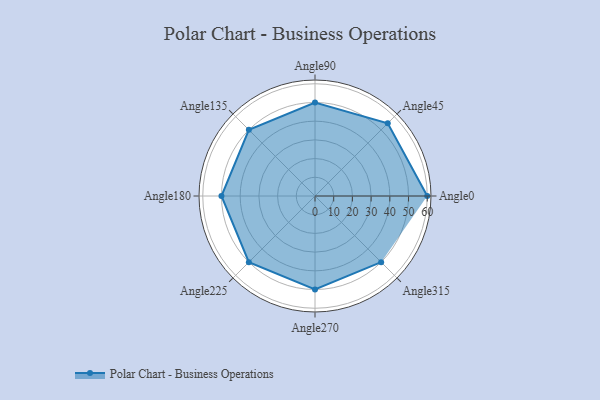
{"axis": {"x": "Angle", "y": "Radius"}, "legend": [""], "data": [{"x": "Angle0", "y": 60.0, "type": ""}, {"x": "Angle45", "y": 55.0, "type": ""}, {"x": "Angle90", "y": 50, "type": ""}, {"x": "Angle135", "y": 50, "type": ""}, {"x": "Angle180", "y": 50, "type": ""}, {"x": "Angle225", "y": 50, "type": ""}, {"x": "Angle270", "y": 50, "type": ""}, {"x": "Angle315", "y": 50, "type": ""}]}